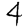
Digit: 4